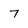
Character: 7